Report on sanitation, dispensaries, and jails in Rajputana for 1920, and on vaccination for the year 1920-1921 - 1920-1921
Year: 1920
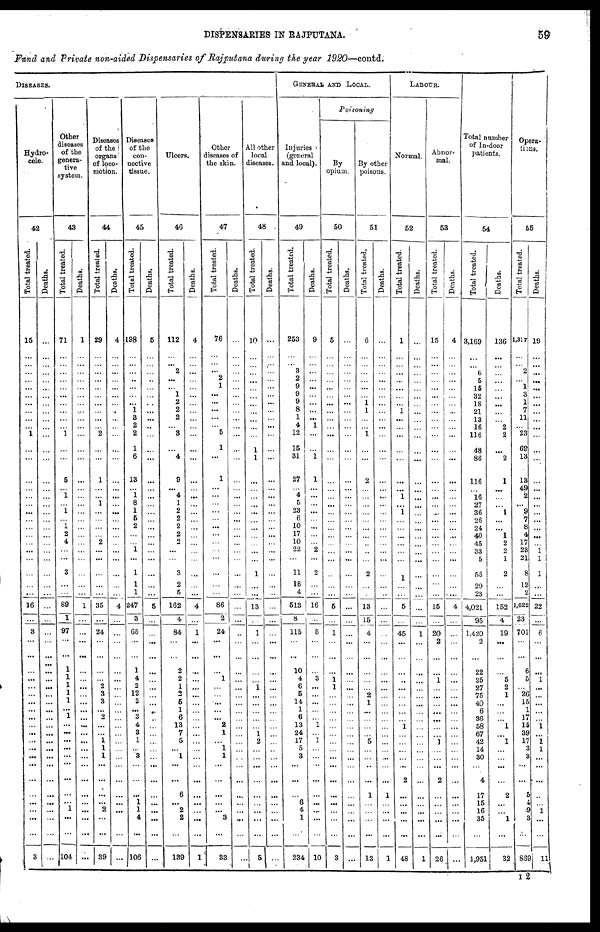
DISPENSARIES IN RAJPUTANA.
59
Fund and Private non-aided Dispensaries of Rajputana during the year 1920—contd.
DISEASES.
Hydro¬
cele.
42
Total treated.
15
...
...
...
... ...
...
...
...
...
...
1
...
...
...
...
...
...
...
...
...
...
...
...
...
...
...
...
16
...
3
...
...
...
...
...
...
...
...
...
...
...
...
...
...
...
...
...
...
...
...
...
3
Deaths.
...
...
...
...
...
...
...
...
...
...
...
...
...
...
...
...
...
...
...
...
...
...
...
...
...
...
...
...
...
...
...
...
...
...
...
...
...
...
...
...
...
...
...
...
...
...
...
...
...
...
...
...
...
Other
diseases
of the
genera-
tive
system.
43
Total treated.
71
...
...
...
...
...
...
...
...
...
...
1
...
...
5
...
1
...
1
...
1
2
4
...
...
3
...
...
89
1
97
...
...
1
1
1
1
1
...
1
...
...
...
...
...
...
...
...
...
1
...
...
104
Deaths.
1
...
...
...
...
...
...
...
...
...
...
...
...
...
...
...
...
...
...
...
...
...
...
...
...
...
...
...
1
...
...
...
...
...
...
...
...
...
...
...
...
...
...
...
...
...
...
...
...
...
...
...
...
Diseases
of the
organs
of loco-
motion.
44
Total treated.
29
...
...
...
...
...
...
...
...
...
...
2
...
...
1
...
...
1
...
...
...
...
2
...
...
...
...
...
35
...
24
...
...
...
...
2
3
3
...
2
...
...
1
1
1
...
...
...
...
2
...
...
39
Deaths.
4
...
...
...
...
...
...
...
...
...
...
...
...
...
...
...
...
...
...
...
...
...
...
...
...
...
...
...
4
...
...
...
...
...
...
...
...
...
...
...
...
...
...
...
...
...
...
...
...
...
...
...
...
Diseases
of the
con-
nective
tissue.
45
Total treated.
198
...
...
...
...
...
...
...
1
3 2
2
1
6
13
... 1
8
1
6
2
...
...
1
...
1
1
1
247
3
65
...
...
1
4
2
12
2
...
3
4
3
1
... 3
...
...
...
1
1
4
...
106
Deaths.
5
...
...
...
...
...
...
...
...
...
...
...
...
...
...
...
...
...
...
...
...
...
...
...
...
...
...
...
5
...
...
...
...
...
...
...
...
...
...
...
...
...
...
...
...
...
...
...
...
...
...
...
...
Ulcers.
46
Total treated.
112
...
... 2
...
...
1
2
2
2
...
3
...
4
9
... 4
1
2
2
2
2
2
...
...
3
2
5
162
4
84
...
...
2
2
1
2
5
1
6
13
7
5
...
1
...
...
6
... 2
2
...
139
Deaths.
4
...
...
...
...
...
...
...
...
...
...
...
...
...
...
...
...
...
...
...
...
...
...
...
...
...
...
...
4
...
1
...
...
...
...
...
...
...
...
...
...
...
...
...
...
...
...
...
...
...
...
...
1
Other
diseases of
the skin.
47
Total treated.
76
...
... ...
2
1
...
...
...
...
...
5
1
...
1
...
...
...
...
...
...
...
...
...
...
...
...
...
86
2
24
...
...
...
1
...
...
...
...
...
2
1
...
1
1
...
...
...
...
...
3
...
33
Deaths.
...
...
...
...
...
...
...
...
...
...
...
...
...
...
...
...
...
...
...
...
...
...
...
...
...
...
...
...
...
...
...
...
...
...
...
...
...
...
...
...
...
...
...
...
...
...
...
...
...
...
...
...
...
All other
local
diseases.
48
Total treated.
10
...
...
...
...
...
...
...
...
...
...
...
1
1
...
...
...
...
...
...
...
...
...
...
...
1
...
...
13
...
1
...
...
...
...
1
...
...
...
...
...
1
2
...
...
...
...
...
...
...
...
...
5
Deaths.
...
...
...
...
...
...
...
...
...
...
...
...
...
...
...
...
...
...
...
...
...
...
...
...
...
...
...
...
...
...
...
...
...
...
...
...
...
...
...
...
...
...
...
...
...
...
...
...
...
...
...
...
...
GENERAL AND LOCAL.
Injuries
(general
and local).
49
Total treated.
253
...
... 3
2
9
9
9
8
1
4
12
15
31
27
... 4
5
23
6
10
17
10
22
...
11
18
4
513
8
115
...
...
10
4
6
5
14
1
6
13
24
17
5
3
...
...
...
6
4
1
...
234
Deaths.
9
...
...
...
...
...
...
...
...
...
1
...
...
1
1
...
...
...
...
...
...
...
...
2
...
2
...
...
16
...
5
...
...
...
3
...
...
...
...
...
1
...
1
...
...
...
...
...
...
...
...
...
10
Poisoning
By
opium.
50
Total treated.
5
...
...
...
...
...
...
...
...
...
...
...
...
...
...
...
...
...
...
...
...
...
...
...
...
...
...
...
5
...
1
...
...
...
1
1
...
...
...
...
...
...
...
...
...
...
...
...
...
...
...
...
3
Deaths.
...
...
...
...
...
...
...
...
...
...
...
...
...
...
...
...
...
...
...
...
...
...
...
...
...
...
...
...
...
...
...
...
...
...
...
...
...
...
...
...
...
...
...
...
...
...
...
...
...
...
...
...
...
By other
poisons.
51
Total treated.
6
...
...
...
...
...
...
1
1
...
...
1
...
...
2
...
...
...
...
...
...
...
...
...
...
2
...
...
13
15
4
...
...
...
...
...
2
1
...
...
...
... 5
...
...
...
...
1
...
...
...
...
13
Deaths.
...
...
...
...
...
...
...
...
...
...
...
...
...
...
...
...
...
...
...
...
...
...
...
...
...
...
...
...
...
...
...
...
...
...
...
...
...
...
...
...
...
...
...
...
...
...
...
1
...
...
...
...
1
LABOUR.
Normal.
52
Total treated.
1
...
...
...
...
...
...
...
1
...
...
...
...
...
...
... 1
...
1
...
...
...
...
...
...
1
...
...
5
...
45
...
...
...
...
...
...
...
...
...
1
...
...
...
...
...
2
...
...
...
...
...
48
Deaths.
...
...
...
...
...
...
...
...
...
...
...
...
...
...
...
...
...
...
...
...
...
...
...
...
...
...
...
...
...
...
1
...
...
...
...
...
...
...
...
...
...
...
...
...
...
...
...
...
...
...
...
...
1
Abnor-
mal.
53
Total treated.
15
...
...
...
...
...
...
...
...
...
...
...
...
...
...
...
...
...
...
...
...
...
...
...
...
...
...
...
15
...
20
2
...
...
1
...
...
...
...
...
...
...
3
...
...
...
2
...
...
...
...
...
26
Deaths.
4
...
...
...
...
...
...
...
...
...
...
...
...
...
...
...
...
...
...
...
...
...
...
...
...
...
...
...
4
...
...
...
...
...
...
...
...
...
...
...
...
...
...
...
...
...
...
...
...
...
...
...
...
Total number
of In-door
patients.
54
Total treated.
3,169
...
... 6
5
15
32
18
21
13
16
116
48
86
116
...
16
27
36
26
24
40
45
33
5
58
29
23
4,021
95
1,420
2
...
22
25
27
75
40
6
36
58
67
42
14
30
...
4
17
15
16
35
...
1,951
Deaths.
136
...
...
...
...
...
...
...
...
...
2
2
...
2
1
...
...
...
1
...
...
1
2
2
1
2
...
...
152
4
19
...
...
...
5
2
1
...
...
...
1
...
1
...
...
...
...
2
...
...
1
...
32
Opera-
tions.
55
Total treated.
1,317
...
... 2
... 1
3
1
7
11
...
23
69
13
13
49
2
...
9
7
8
4
17
23
21
8
12
2
1,622
23
701
...
...
6
5
...
26
15
1
17
15
39
17
3
3
...
...
5
4
9
3
...
869
Deaths.
19
...
...
...
...
...
...
...
...
...
...
...
...
...
...
...
...
...
...
...
...
...
...
1
1
1
...
...
22
...
6
...
...
...
1
...
...
...
...
...
1
...
1
1
...
...
...
...
... 1
...
...
11
I 2